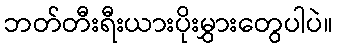
ဘတ်တီးရီးယားပိုးမွှားတွေပါပဲ။